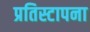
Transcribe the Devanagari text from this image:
प्रतिस्टापना